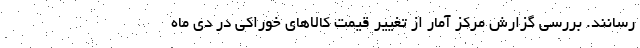
رسانند. بررسی گزارش مرکز آمار از تغییر قیمت کالاهای خوراکی در دی ماه